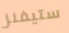
ستيفنز